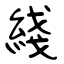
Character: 綫